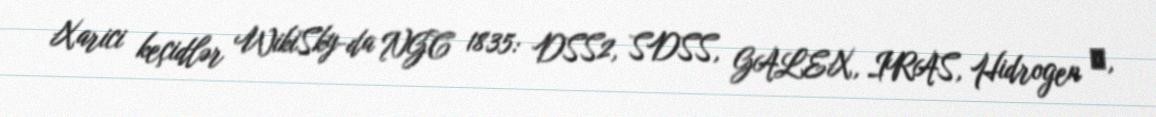
Xarici keçidlər WikiSky-da NGC 1835: DSS2, SDSS, GALEX, IRAS, Hidrogen α,